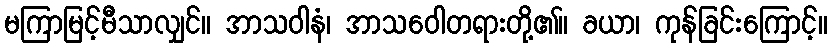
မကြာမြင့်မီသာလျှင်။ အာသဝါနံ၊ အာသဝေါတရားတို့၏။ ခယာ၊ ကုန်ခြင်းကြောင့်။